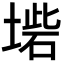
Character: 𡎵